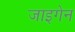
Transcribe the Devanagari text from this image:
जाइगेन